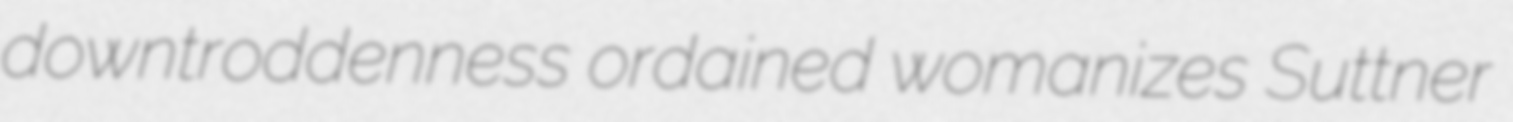
downtroddenness ordained womanizes Suttner